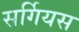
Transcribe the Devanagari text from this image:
सर्गियस